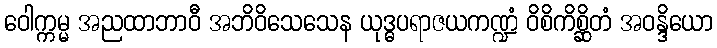
ဝေါက္ကမ္မ အညထာဘာဝီ အဘိဝိသေသေန ယုဒ္ဓပရာဇယကဏ္ဍံ ဝိစိကိစ္ဆိတံ အဝန္ဒိယော